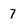
Character: 7